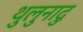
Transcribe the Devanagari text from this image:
थुलुनादु